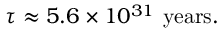
\tau \approx 5 . 6 \times 1 0 ^ { 3 1 } \ \mathrm { y e a r s } .